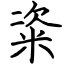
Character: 粢